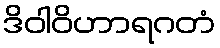
ဒိဝါဝိဟာရဂတံ